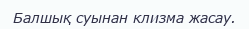
Балшық суынан клизма жасау.